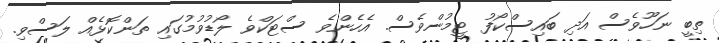
ތިބީ ނަހޫވެސް އަދި ބައިސްކޯފު ޓީމުންވެސް. އެހެންވެ ސްޓަކްވެ ލޯޑުވުމުގައި ތަންކޮޅެއް ލަސްވި.